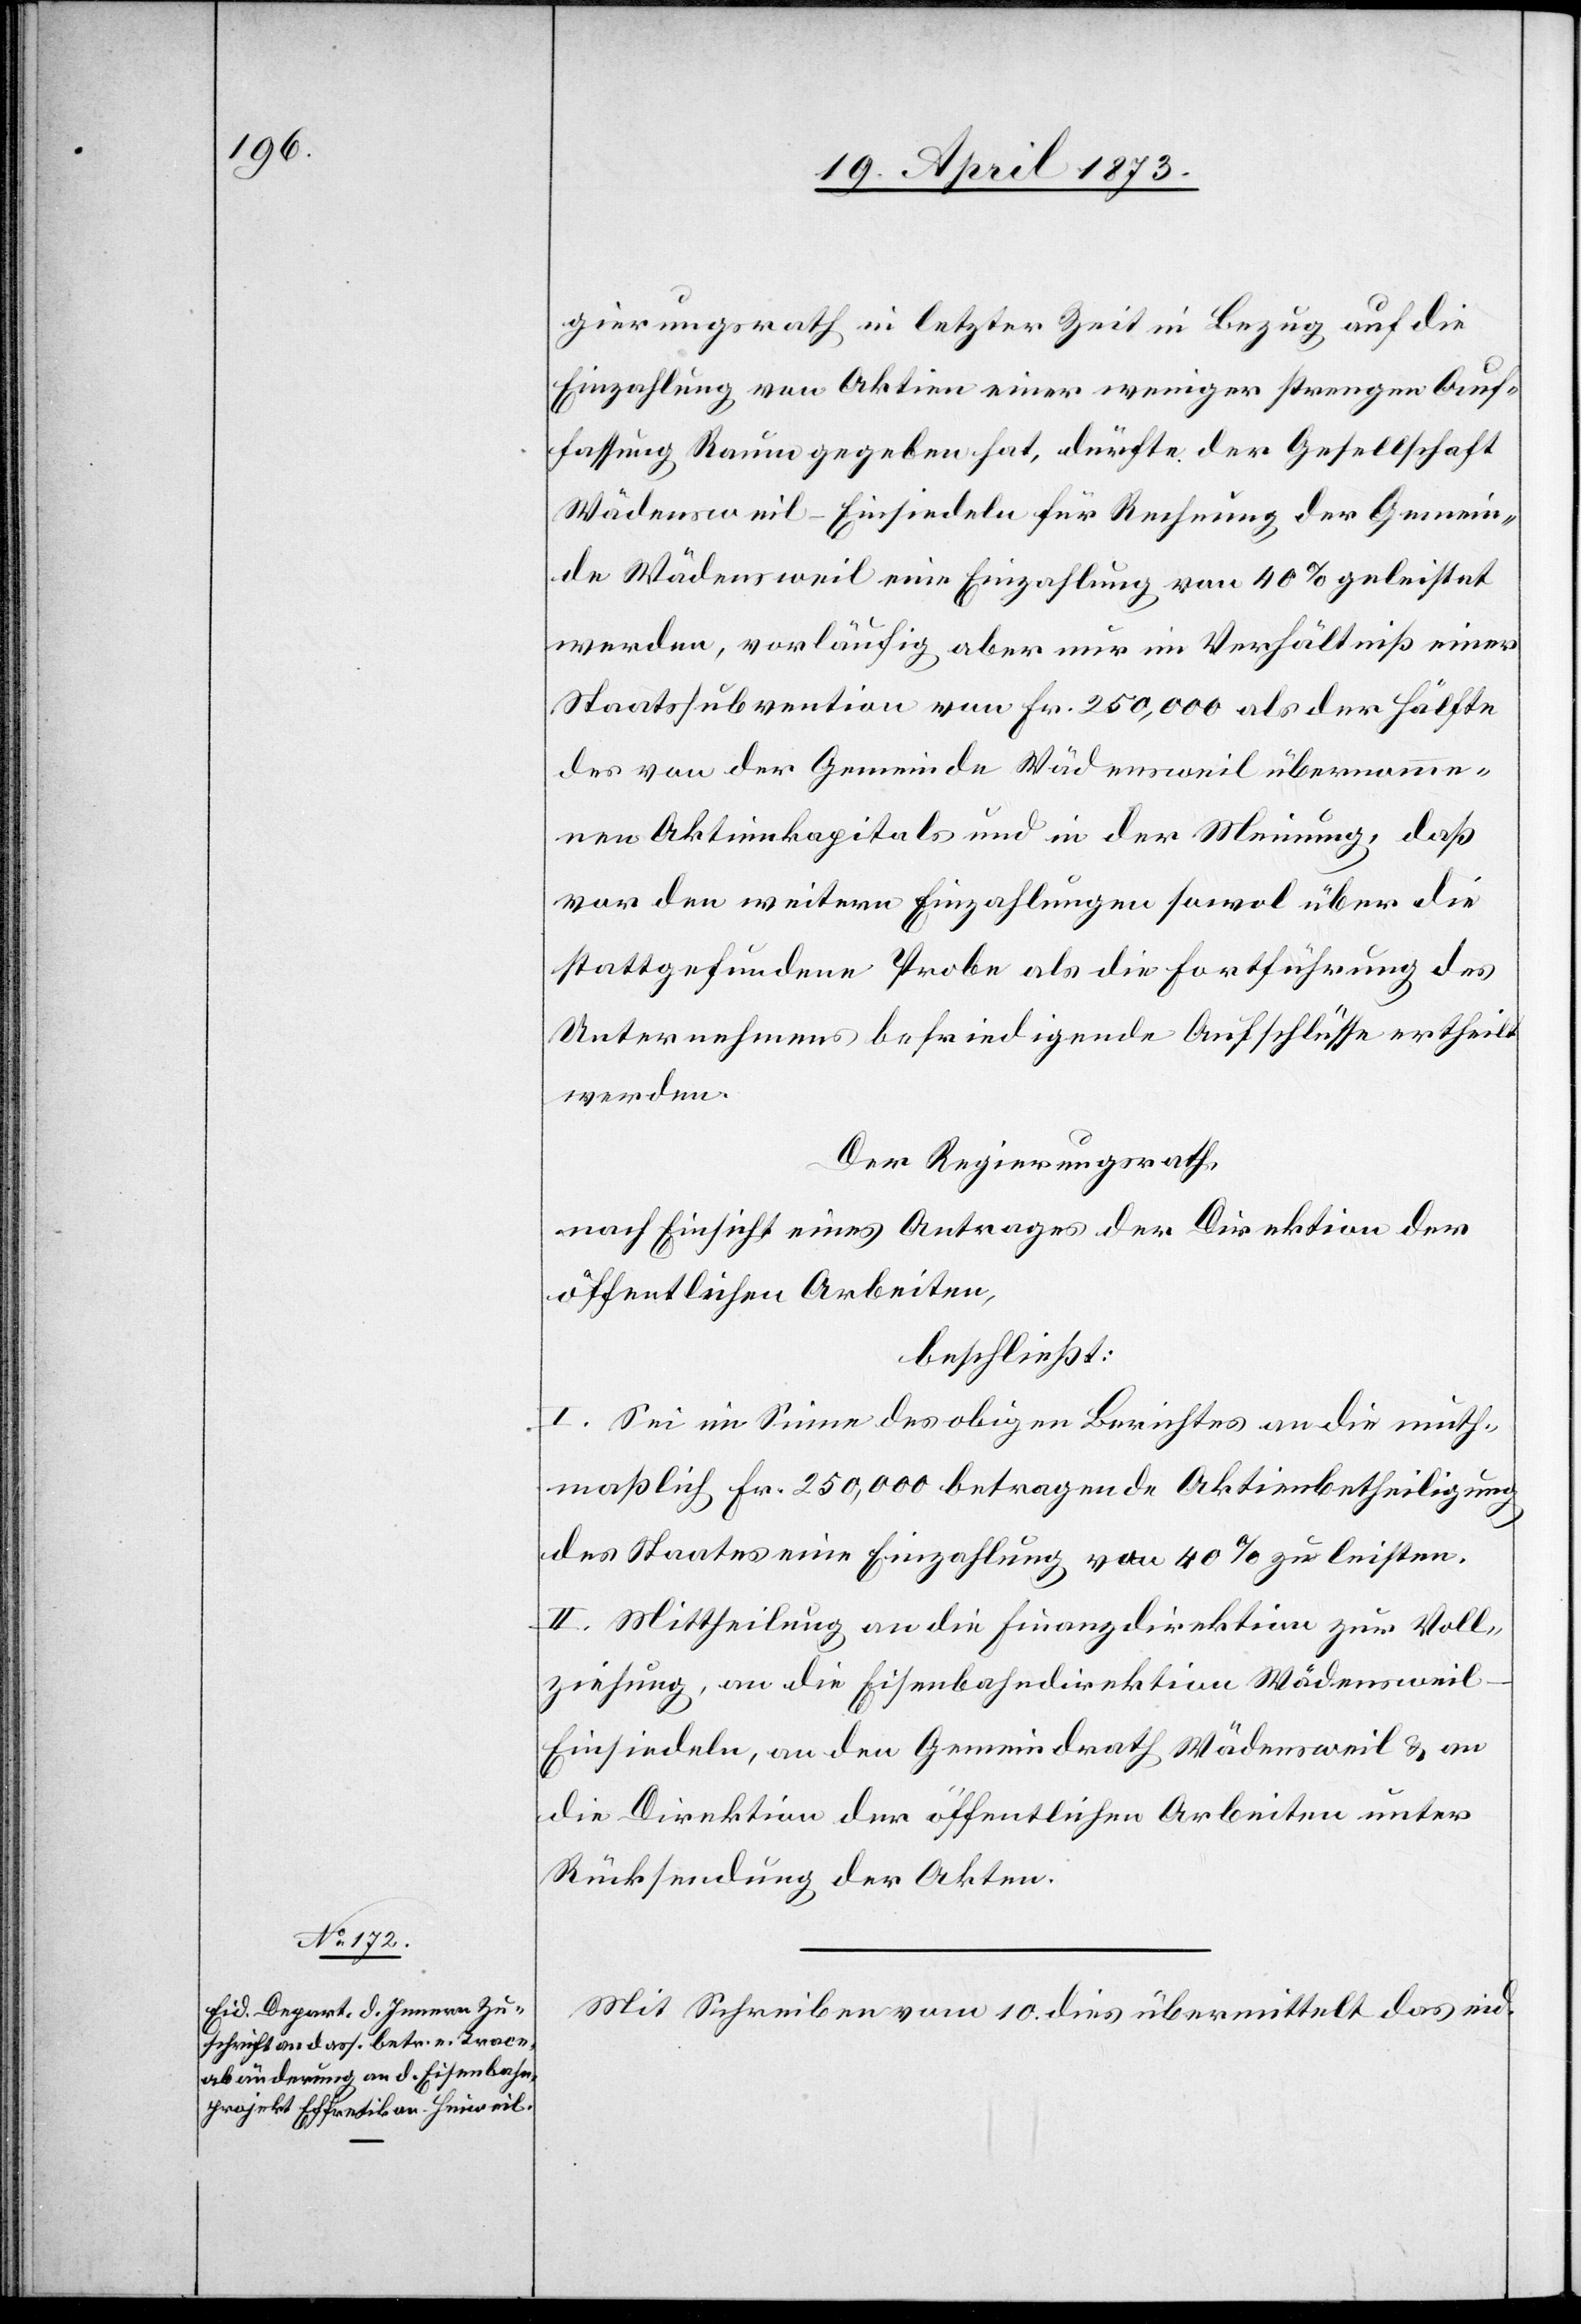
gierungsrath in letzter Zeit in Bezug auf die
Einzahlung von Aktien einer weniger strengen Auf¬
fassung Raum gegeben hat, dürfte der Gesellschaft
Wädensweil–Einsiedeln für Rechnung der Gemein¬
de Wädensweil eine Einzahlung von 40% geleistet
werden, vorläufig aber nur im Verhältniß einer
Staatssubvention von Fr. 250,000 als der Hälfte
des von der Gemeinde Wädensweil übernomme¬
nen Aktienkapitals und in der Meinung, daß
vor den weitern Einzahlungen sowol über die
stattgefundene Probe als die Fortführung des
Unternehmens befriedigende Aufschlüsse ertheilt
werden.
Der Regierungsrath,
nach Einsicht eines Antrages der Direktion der
öffentlichen Arbeiten,
beschließt:
I. Sei im Sinne des obigen Berichtes an die muth¬
maßlich Fr. 250,000 betragende Aktienbetheiligung
des Staates eine Einzahlung von 40% zu leisten.
II. Mittheilung an die Finanzdirektion zur Voll¬
ziehung, an die Eisenbahndirektion Wädenswei¬
l–Einsiedeln, an den Gemeindrath Wädensweil & an
die Direktion der öffentlichen Arbeiten unter
Rücksendung der Akten.
Mit Schreiben vom 10. dies übermittelt das eid.